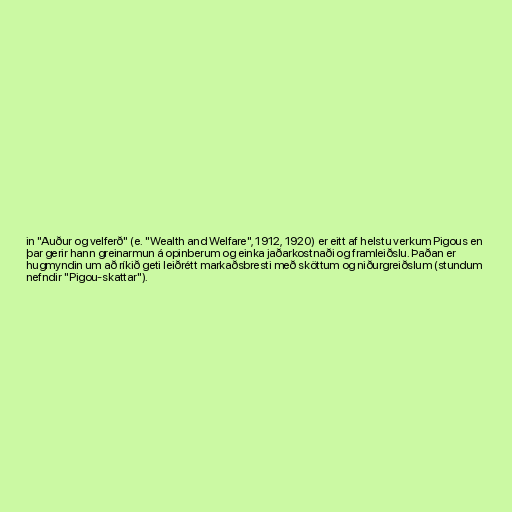
in "Auður og velferð" (e. "Wealth and Welfare", 1912, 1920) er eitt af helstu verkum Pigous en
þar gerir hann greinarmun á opinberum og einka jaðarkostnaði og framleiðslu. Þaðan er
hugmyndin um að ríkið geti leiðrétt markaðsbresti með sköttum og niðurgreiðslum (stundum
nefndir "Pigou-skattar").